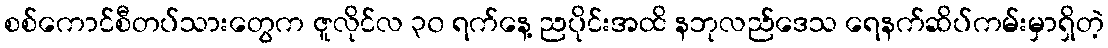
စစ်ကောင်စီတပ်သားတွေက ဇူလိုင်လ ၃၀ ရက်နေ့ ညပိုင်းအထိ နဘုလည်ဒေသ ရေနက်ဆိပ်ကမ်းမှာရှိတဲ့